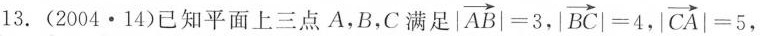
13.(2004·14)已知平面上三点A，B，C满足 $$| \overrightarrow { A B } | = 3$$ ， $$| \overrightarrow { B C } | = 4$$，$$| \overrightarrow { C A } | = 5$$ ，